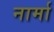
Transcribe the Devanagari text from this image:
नार्मा